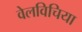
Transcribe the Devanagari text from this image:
वेलविचिया